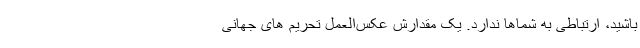
باشید، ارتباطی به شماها ندارد. یک مقدارش عکس‌العمل تحریم های جهانی